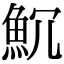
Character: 𩵨